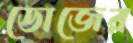
ডোজের